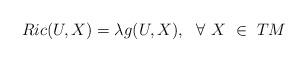
LaTeX: \begin{align*}Ric(U,X)=\lambda g(U,X), \ \ \forall \ X \ \in \ TM\end{align*}